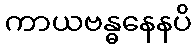
ကာယဗန္ဓနေနပိ